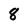
Character: 8